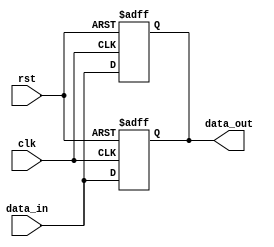
module transparent_latch_DFF(
    input wire clk,
    input wire rst,
    input wire data_in,
    output reg data_out
);

// Transparent latch
always @(posedge clk or negedge rst)
begin
    if (~rst) begin
        data_out <= 1'b0;
    end else begin
        data_out <= data_in;
    end
end

// D flip-flop
always @(posedge clk or negedge rst)
begin
    if (~rst) begin
        data_out <= 1'b0;
    end else begin
        data_out <= data_in;
    end
end

endmodule